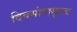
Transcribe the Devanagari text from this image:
दिवसांपासूनच